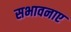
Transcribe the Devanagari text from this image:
सभावनाए